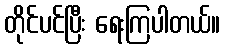
တိုင်ပင်ပြီး ရေးကြပါတယ်။